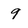
Character: 9